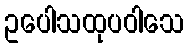
ဥပေါသထုပဝါသေ